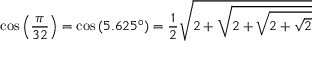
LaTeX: \cos \left( { \frac { \pi } { 3 2 } } \right) = \cos \left( 5 . 6 2 5 ^ { \circ } \right) = { \frac { 1 } { 2 } } { \sqrt { 2 + { \sqrt { 2 + { \sqrt { 2 + { \sqrt { 2 } } } } } } } }